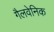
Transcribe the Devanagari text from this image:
गैलवेनिक